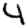
Digit: 4